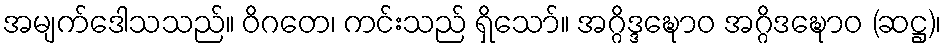
အမျက်ဒေါသသည်။ ဝိဂတေ၊ ကင်းသည် ရှိသော်။ အဂ္ဂိဒ္ဒဍ္ဎောဝ အဂ္ဂိဒဍ္ဎောဝ (ဆဋ္ဌ)၊